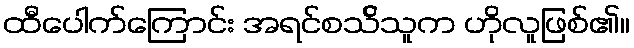
ထီပေါက်ကြောင်း အရင်စသ်ိသူက ဟိုလူဖြစ်၏။